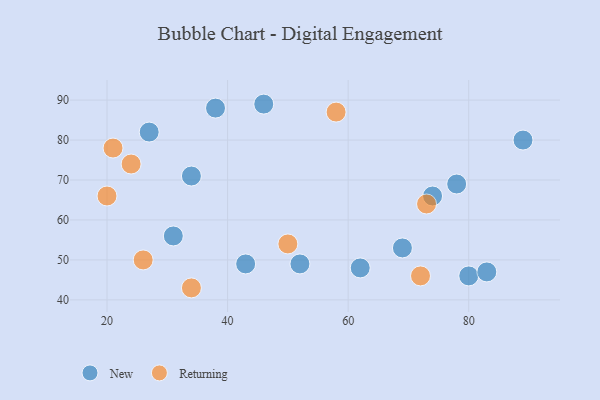
{"axis": {"x": "GDP", "y": "Life Expectancy"}, "legend": ["New", "Returning"], "data": [{"x": "69", "y": 53, "type": "New"}, {"x": "34", "y": 71, "type": "New"}, {"x": "46", "y": 89, "type": "New"}, {"x": "80", "y": 46, "type": "New"}, {"x": "38", "y": 88, "type": "New"}, {"x": "31", "y": 56, "type": "New"}, {"x": "62", "y": 48, "type": "New"}, {"x": "89", "y": 80, "type": "New"}, {"x": "52", "y": 49, "type": "New"}, {"x": "27", "y": 82, "type": "New"}, {"x": "43", "y": 49, "type": "New"}, {"x": "83", "y": 47, "type": "New"}, {"x": "78", "y": 69, "type": "New"}, {"x": "74", "y": 66, "type": "New"}, {"x": "26", "y": 50, "type": "Returning"}, {"x": "34", "y": 43, "type": "Returning"}, {"x": "72", "y": 46, "type": "Returning"}, {"x": "21", "y": 78, "type": "Returning"}, {"x": "58", "y": 87, "type": "Returning"}, {"x": "50", "y": 54, "type": "Returning"}, {"x": "73", "y": 64, "type": "Returning"}, {"x": "20", "y": 66, "type": "Returning"}, {"x": "24", "y": 74, "type": "Returning"}]}